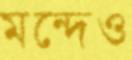
মন্দেও